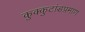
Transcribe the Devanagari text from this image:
कुक्कुटांडप्रमाण